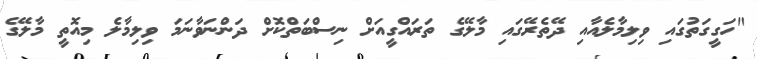
"ހަގީގަތުގައި ވިލިމާލެއާއި ދޭތެރޭގައި މާލޭގެ ތަރައްގީއަށް ނިސްބަތްކޮށް ދަންނަވާނަމަ ވިލިމާލެ މިއޮތީ މާލޭގެ